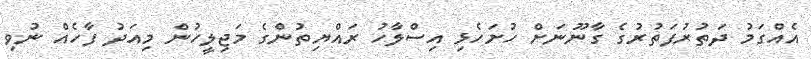
އެއްގަމު ދަތުރުފަތުރުގެ ގާނޫނަށް ހުށަހެޅި އިސްލާހު ރައްޔިތުންގެ މަޖިލީހުން މިއަދު ފާހެއް ނުވި